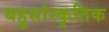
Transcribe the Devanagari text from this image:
बहुसांस्‍कृतिक